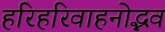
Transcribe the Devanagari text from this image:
हरिहरिवाहनोद्भव